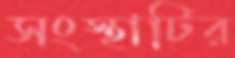
সংস্থাটির